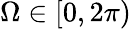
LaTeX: \Omega\in[0,2\pi)